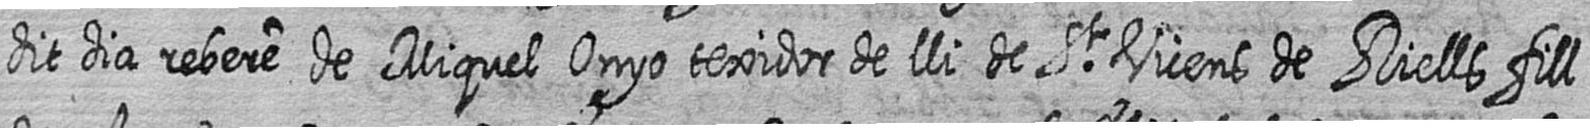
dit dia rebere de Miquel Onyo texidor de lli de St Vicens de Riells fill